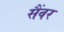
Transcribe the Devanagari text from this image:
सैंवर